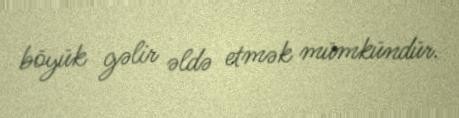
böyük gəlir əldə etmək mümkündür.